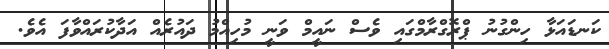
ކަނޑައަޅާ ހިންގުނު ޕްރޮގްރާމްގައި ވެސް ނައީމް ވަނީ މުހިއްމު ދައުރެއް އަދާކުރައްވާފަ އެވެ.